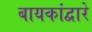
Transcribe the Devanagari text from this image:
बायकांद्वारे